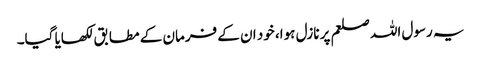
یہ رسول اللہ صلعم پر نازل ہوا، خود ان کے فرمان کے مطابق‌ لکھایا گیا۔